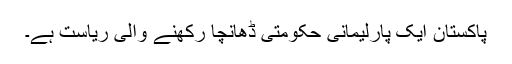
پاکستان ایک پارلیمانی حکومتی ڈھانچا رکھنے والی ریاست ہے۔